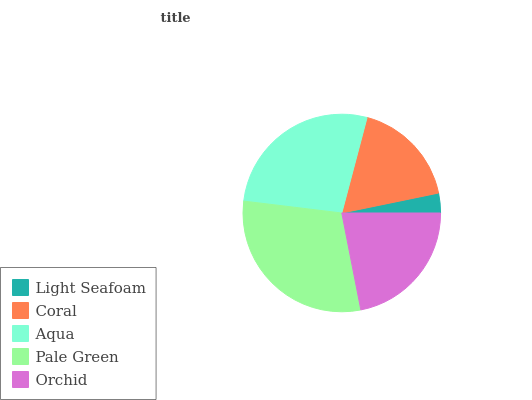
| Light Seafoam | Coral | Aqua | Pale Green | Orchid |
 | --- | --- | --- | --- | --- |
 | 3.23% | 17.6% | 27.2% | 30% | 21.9% |